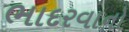
ભાદરવાનો